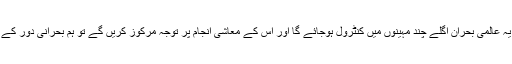
انہوں نے کہا کہ تاہم اگر ہم یہ فرض کرلیں کہ یہ عالمی بحران اگلے چند مہینوں میں کنٹرول ہوجائے گا اور اس کے معاشی انجام پر توجہ مرکوز کریں گے تو ہم بحرانی دور کے بعد کے بارے میں قیاس آرائیاں کر سکتے ہیں۔